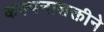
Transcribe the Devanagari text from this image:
कल्पनाशक्तीने